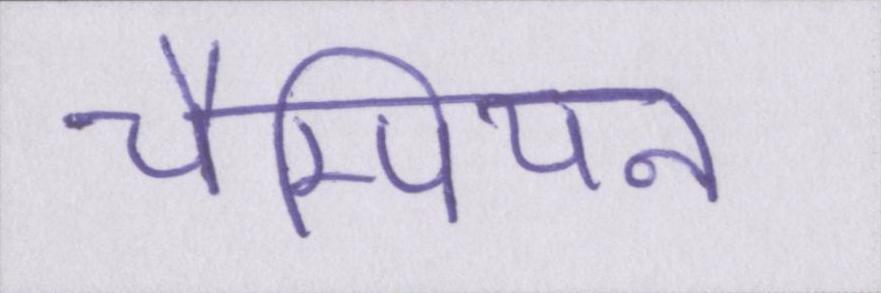
चैम्पियन